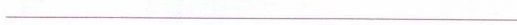
___